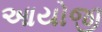
આયોજી